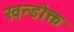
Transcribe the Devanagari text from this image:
खन्डोक्त